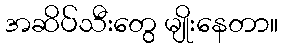
အဆိပ်သီးတွေ မျိုးနေတာ။